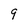
Character: 9